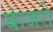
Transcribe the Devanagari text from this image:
कंजरो